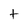
Character: t